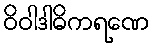
ဝိဝါဒါဓိကရဏေ